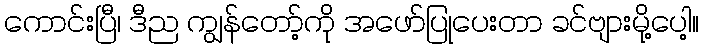
ကောင်းပြီ၊ ဒီည ကျွန်တော့်ကို အဖော်ပြုပေးတာ ခင်ဗျားမို့ပေါ့။